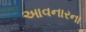
આવનારના